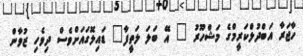
ހާޖަރާ އަބްދުލްކަރީމްގެ މަޝްހޫރު " އޭ ބަލަ ލަތީފާ" ޑައިލޮގައަށްވެސް ދިވެހި ޒުވާން